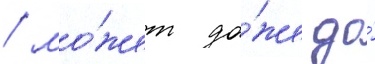
/ мо́жет да́же до́